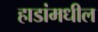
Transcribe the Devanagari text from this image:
हाडांमधील